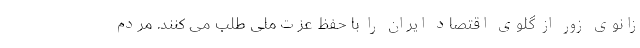
زانوی زور از گلوی اقتصاد ایران را با حفظ عزت‌ملی طلب می کنند. مردم